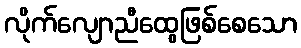
လိုက်လျောညီထွေဖြစ်စေသော